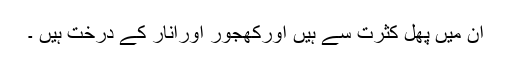
ان میں پھل کثرت سے ہیں اورکھجور اورانار کے درخت ہیں ۔